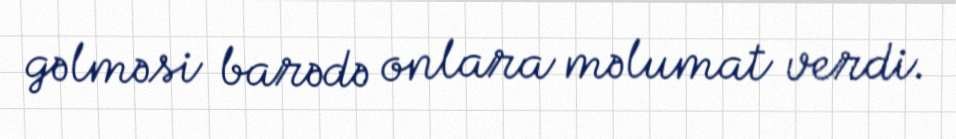
gəlməsi barədə onlara məlumat verdi.